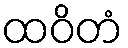
ထဝိတံ